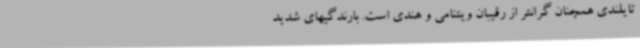
تایلندی همچنان گرانتر از رقیبان ویتنامی و هندی است. بارندگیهای شدید